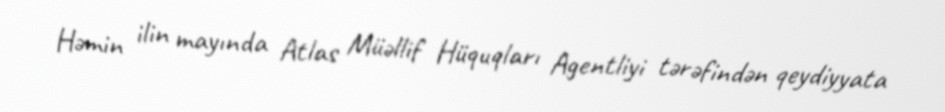
Həmin ilin mayında Atlas Müəllif Hüquqları Agentliyi tərəfindən qeydiyyata